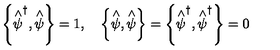
\left\{ \stackrel { \wedge } { \psi } ^ { \dagger } , \stackrel { \wedge } { \psi } \right\} = 1 , \quad \left\{ \stackrel { \wedge } { \psi } , \stackrel { \wedge } { \psi } \right\} = \left\{ \stackrel { \wedge } { \psi } ^ { \dagger } , \stackrel { \wedge } { \psi } ^ { \dagger } \right\} = 0